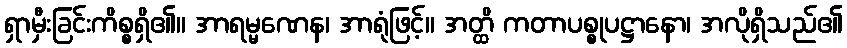
ရှာမှီးခြင်းကိစ္စရှိ၏။ အာရမ္မဏေန၊ အာရုံဖြင့်။ အတ္ထိ ကတာပစ္စုပဋ္ဌာနော၊ အလိုရှိသည်၏